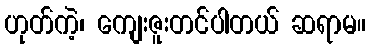
ဟုတ်ကဲ့၊ ကျေးဇူးတင်ပါတယ် ဆရာမ။